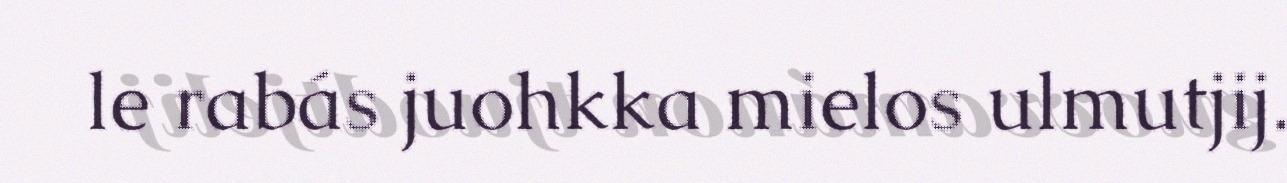
le rabás juohkka mielos ulmutjij.